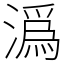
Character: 潙